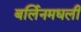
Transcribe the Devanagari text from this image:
बर्लिनमधली